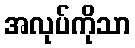
အလုပ်ကိုသာ